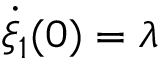
\dot { \xi } _ { 1 } ( 0 ) = \lambda